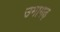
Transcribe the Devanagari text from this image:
उमागढ़